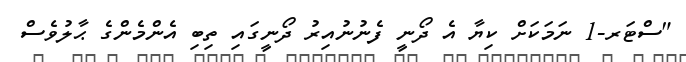
"ސްޓަރ-1 ނަމަކަށް ކިޔާ އެ ދޯނީ ފެނުނުއިރު ދޯނީގައި ތިބި އެންމެންގެ ޙާލުވެސް